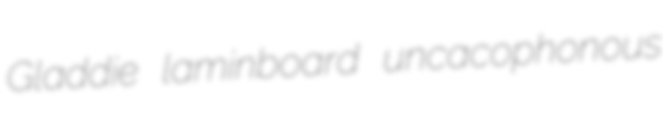
Gladdie laminboard uncacophonous